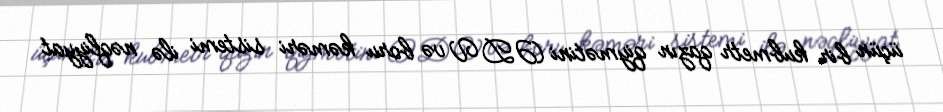
üçün bir kubmetr qazın qiymətini (ƏDV və boru kəməri sistemi ilə nəqliyyat